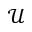
\mathcal U